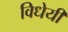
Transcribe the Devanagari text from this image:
विधेयी